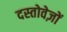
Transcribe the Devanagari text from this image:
दस्‍तोवेज़ों